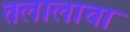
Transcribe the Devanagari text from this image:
तलालाचा